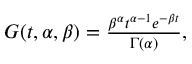
\begin{array} { r } { G ( t , \alpha , \beta ) = \frac { \beta ^ { \alpha } t ^ { \alpha - 1 } e ^ { - \beta t } } { \Gamma ( \alpha ) } , } \end{array}